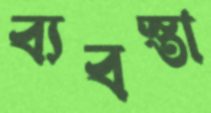
ব্যবস্তা